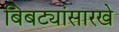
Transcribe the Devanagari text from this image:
बिबट्यांसारखे